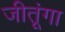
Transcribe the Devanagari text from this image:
जीतूंगा